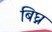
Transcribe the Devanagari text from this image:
बिघ्न